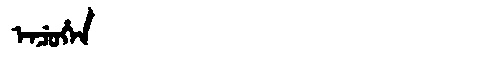
Manchu: ᡝᠨᠴᡠᡥᡝᠨ
Romanization: ENCUHEN